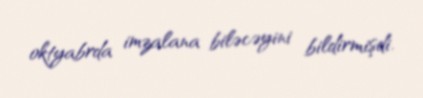
oktyabrda imzalana biləcəyini bildirmişdi.